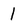
Character: 1